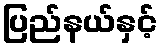
ပြည်နယ်နှင့်